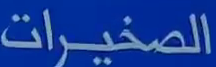
الصخيرات